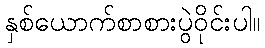
နှစ်ယောက်စာစားပွဲဝိုင်းပါ။